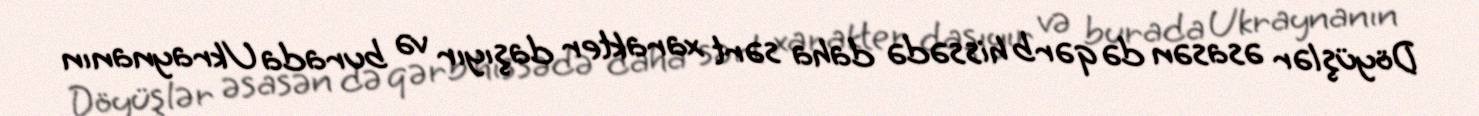
Döyüşlər əsasən də qərb hissədə daha sərt xarakter daşıyır və burada Ukraynanın